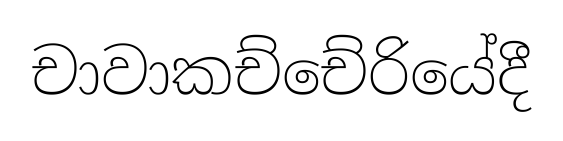
චාවාකච්චේරියේදී